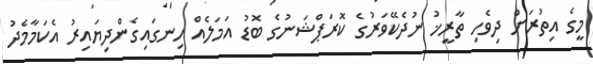
މީގެ އިތުރަށް ދިވެހި ތާރީޚު ނުދެކޭވަރުގެ ކޮރަޕްޝަނުގެ ބޮޑު އަމަލެއް ހިނގައިގެންދިޔައިރު އެކަމާމެދު